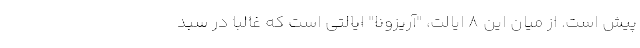
پیش است. از میان این 8 ایالت، "آریزونا" ایالتی است که غالبا در سبد